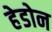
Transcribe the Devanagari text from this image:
हेडोन